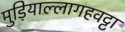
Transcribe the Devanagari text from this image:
मुड़ियाल्लागहवट्टा